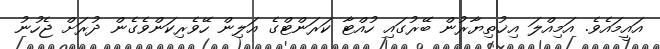
އައީމައެވެ. އަމިއްލަ އިޚުތިޔާރުން ބޭރުގައި ހުއްޓާ ކަރަންޓްގެ އަލިން ހޭވެރިކަންވެގެން ދުރަށް ޖެހުނު